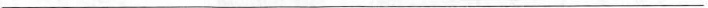
___